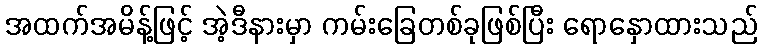
အထက်အမိန့်ဖြင့် အဲ့ဒီနားမှာ ကမ်းခြေတစ်ခုဖြစ်ပြီး ရောနှောထားသည်